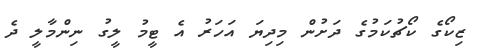
ޒިކޯގެ ކޯޗުކަމުގެ ދަށުން މިދިޔަ އަހަރު އެ ޓީމު ލީގު ނިންމާލީ ދެ